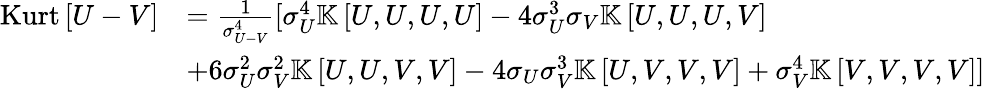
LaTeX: \begin{array}{rl}{\mathrm{Kurt}\left[U-V\right]}&{=\frac{1}{\sigma_{U-V}^{4}}[\sigma_{U}^{4}\mathbb{K}\left[U,U,U,U\right]-4\sigma_{U}^{3}\sigma_{V}\mathbb{K}\left[U,U,U,V\right]}\\ &{+6\sigma_{U}^{2}\sigma_{V}^{2}\mathbb{K}\left[U,U,V,V\right]-4\sigma_{U}\sigma_{V}^{3}\mathbb{K}\left[U,V,V,V\right]+\sigma_{V}^{4}\mathbb{K}\left[V,V,V,V\right]]}\end{array}